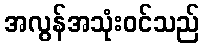
အလွန်အသုံးဝင်သည်